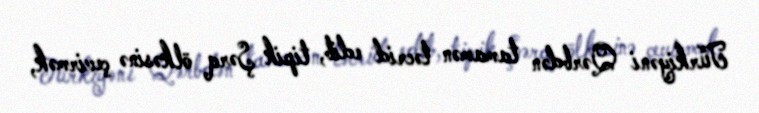
Türkiyəni Qərbdən tamamən təcrid edib, tipik Şərq ölkəsinə çevirmək,